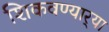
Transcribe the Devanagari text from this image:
शिकवण्यार्‍या